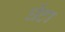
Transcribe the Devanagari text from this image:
घेंटा